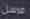
مرسل